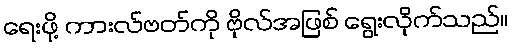
ရေးဖို့ ကားလ်ဗတ်ကို ဗိုလ်အဖြစ် ရွေးလိုက်သည်။